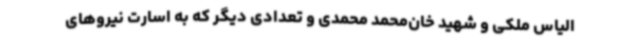
الیاس ملکی و شهید خان‌محمد محمدی و تعدادی دیگر که به اسارت نیروهای